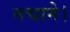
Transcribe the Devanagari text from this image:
नचाने।